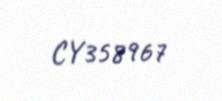
CY358967